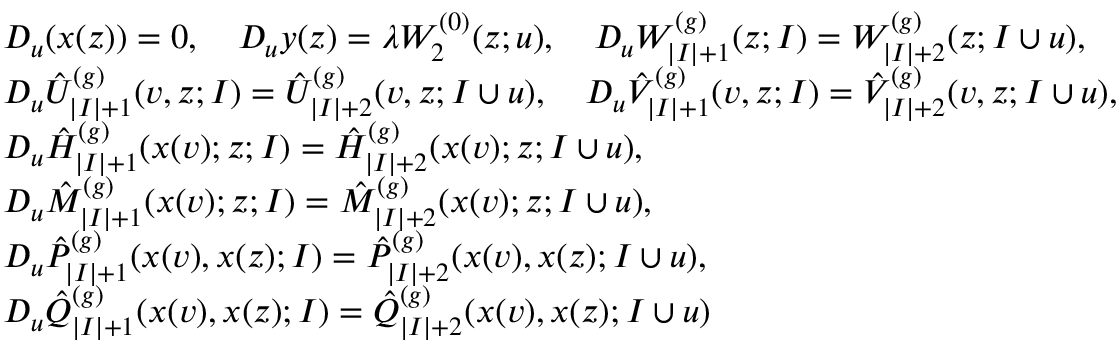
\begin{array} { r l } & { D _ { u } ( x ( z ) ) = 0 , \quad D _ { u } y ( z ) = \lambda W _ { 2 } ^ { ( 0 ) } ( z ; u ) , \quad D _ { u } W _ { | I | + 1 } ^ { ( g ) } ( z ; I ) = W _ { | I | + 2 } ^ { ( g ) } ( z ; I \cup u ) , \ } \\ & { D _ { u } \hat { U } _ { | I | + 1 } ^ { ( g ) } ( v , z ; I ) = \hat { U } _ { | I | + 2 } ^ { ( g ) } ( v , z ; I \cup u ) , \quad D _ { u } \hat { V } _ { | I | + 1 } ^ { ( g ) } ( v , z ; I ) = \hat { V } _ { | I | + 2 } ^ { ( g ) } ( v , z ; I \cup u ) , \ } \\ & { D _ { u } \hat { H } _ { | I | + 1 } ^ { ( g ) } ( x ( v ) ; z ; I ) = \hat { H } _ { | I | + 2 } ^ { ( g ) } ( x ( v ) ; z ; I \cup u ) , \ } \\ & { D _ { u } \hat { M } _ { | I | + 1 } ^ { ( g ) } ( x ( v ) ; z ; I ) = \hat { M } _ { | I | + 2 } ^ { ( g ) } ( x ( v ) ; z ; I \cup u ) , \quad } \\ & { D _ { u } \hat { P } _ { | I | + 1 } ^ { ( g ) } ( x ( v ) , x ( z ) ; I ) = \hat { P } _ { | I | + 2 } ^ { ( g ) } ( x ( v ) , x ( z ) ; I \cup u ) , \quad } \\ & { D _ { u } \hat { Q } _ { | I | + 1 } ^ { ( g ) } ( x ( v ) , x ( z ) ; I ) = \hat { Q } _ { | I | + 2 } ^ { ( g ) } ( x ( v ) , x ( z ) ; I \cup u ) } \end{array}